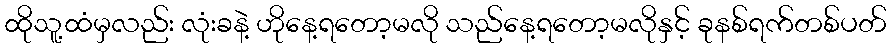
ထိုသူ့ထံမှလည်း လုံးခနဲ့ ဟိုနေ့ရတော့မလို သည်နေ့ရတော့မလိုနှင့် ခုနစ်ရက်တစ်ပတ်